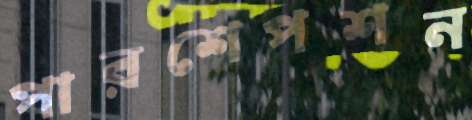
পারশেপশন